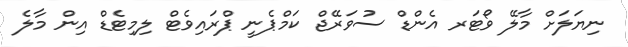
ނިޔަލަށް މާލޭ ވޯޓަރ އެންޑް ސުވަރޭޖް ކަމްޕެނީ ޕްރައިވެޓް ލިމިޓެޑް އިން މާލެ